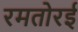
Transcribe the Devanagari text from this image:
रमतोरई